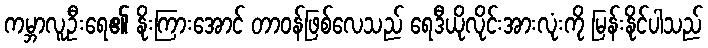
ကမ္ဘာလူဦးရေ၏ နိုးကြားအောင် တာဝန်ဖြစ်လေသည် ရေဒီယိုလိုင်းအားလုံးကို မြန်းနိုင်ပါသည်